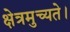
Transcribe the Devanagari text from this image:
क्षेत्रमुच्यते।